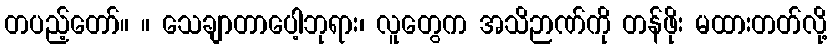
တပည့်တော်။ ။ သေချာတာပေါ့ဘုရား၊ လူတွေက အသိဉာဏ်ကို တန်ဖိုး မထားတတ်လို့